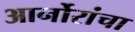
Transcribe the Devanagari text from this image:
आर्नोरांचा